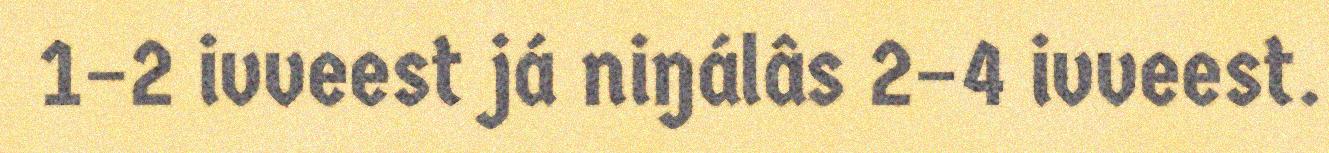
1–2 ivveest já niŋálâs 2–4 ivveest.